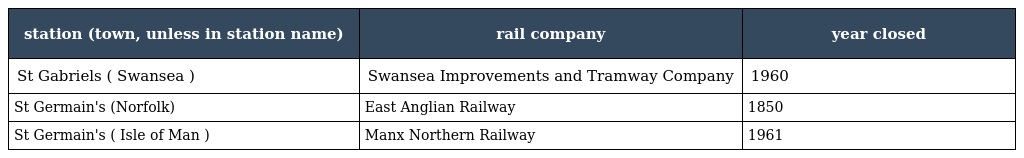
| station (town, unless in station name) | rail company | year closed |
 | --- | --- | --- |
 | St Gabriels ( Swansea ) | Swansea Improvements and Tramway Company | 1960 |
 | St Germain's (Norfolk) | East Anglian Railway | 1850 |
 | St Germain's ( Isle of Man ) | Manx Northern Railway | 1961 |